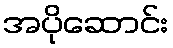
အပိုဆောင်း